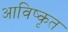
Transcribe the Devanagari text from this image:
आविष्‍कृत